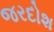
જરદોશ